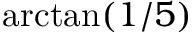
\arctan ( 1 / 5 )